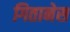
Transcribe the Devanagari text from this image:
गितानेस